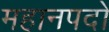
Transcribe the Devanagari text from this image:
महानपदों